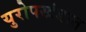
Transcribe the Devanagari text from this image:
युरोपखंडात